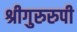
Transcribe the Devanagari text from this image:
श्रीगुरुरुपी